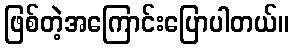
ဖြစ်တဲ့အကြောင်းပြောပါတယ်။